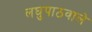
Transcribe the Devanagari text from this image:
लघुपाठवाले